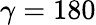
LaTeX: \gamma=180